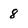
Character: 8